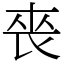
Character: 䘮